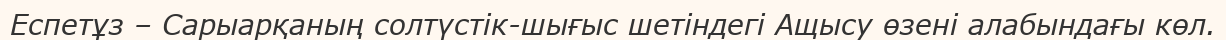
Еспетұз – Сарыарқаның солтүстік-шығыс шетіндегі Ащысу өзені алабындағы көл.